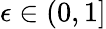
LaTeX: \epsilon\in(0,1]